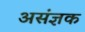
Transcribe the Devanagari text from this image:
असंज्ञक